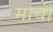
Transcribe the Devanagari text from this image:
मायी